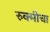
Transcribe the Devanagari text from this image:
रुक्मीचा